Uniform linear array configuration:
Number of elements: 4
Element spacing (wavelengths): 1
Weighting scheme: cosine
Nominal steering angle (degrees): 30
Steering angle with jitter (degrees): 29.706
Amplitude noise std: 0.05
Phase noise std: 0.05

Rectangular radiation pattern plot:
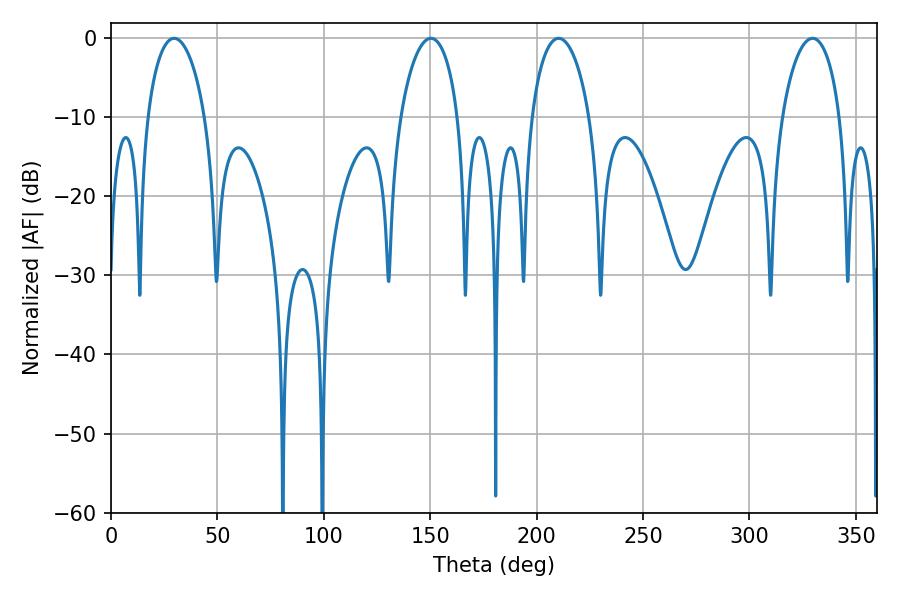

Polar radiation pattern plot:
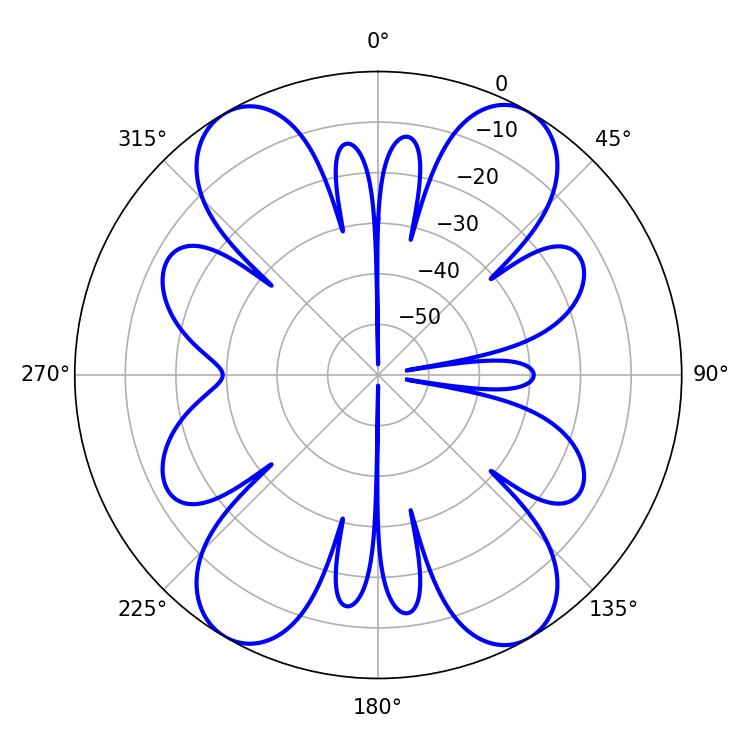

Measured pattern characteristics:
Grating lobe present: TRUE
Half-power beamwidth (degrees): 15.48
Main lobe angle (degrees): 29.7